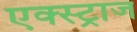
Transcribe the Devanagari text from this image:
एक्स्ट्राज